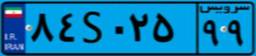
۶۹S۳۸۳۹۰